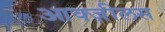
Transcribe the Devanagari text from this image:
आक्ज़ीलस